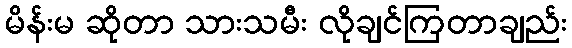
မိန်းမ ဆိုတာ သားသမီး လိုချင်ကြတာချည်း